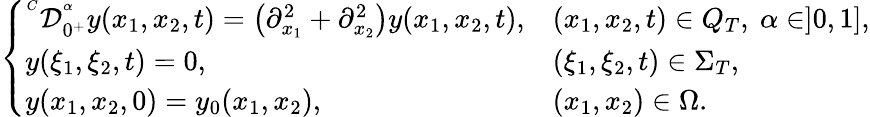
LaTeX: \left\{ \begin{array}{llll}{^{^C}\mathcal{D}_{0^{+}}^{^\alpha}y(x_{1},x_{2},t)=\left(\partial_{x_{1}}^{2}+\partial_{x_{2}}^{2}\right)y(x_{1},x_{2},t),}&{(x_{1},x_{2},t)\in Q_{T},\ \alpha\in]0,1],}\\ {y(\xi_{1},\xi_{2},t)=0,}&{(\xi_{1},\xi_{2},t)\in\Sigma_{T},}\\ {y(x_{1},x_{2},0)=y_{0}(x_{1},x_{2}),}&{(x_{1},x_{2})\in\Omega.}\end{array}\right.